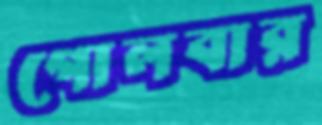
গোলবার